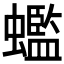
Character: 𧓦